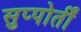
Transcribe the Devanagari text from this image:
सुप्पोर्तीं